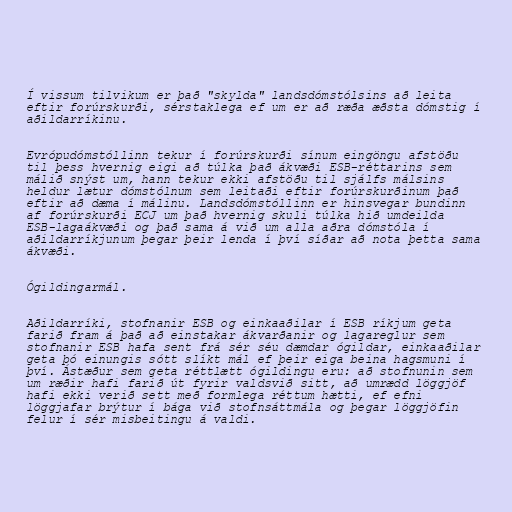
Í vissum tilvikum er það "skylda" landsdómstólsins að leita
eftir forúrskurði, sérstaklega ef um er að ræða æðsta dómstig í
aðildarríkinu.

Evrópudómstóllinn tekur í forúrskurði sínum eingöngu afstöðu
til þess hvernig eigi að túlka það ákvæði ESB-réttarins sem
málið snýst um, hann tekur ekki afstöðu til sjálfs málsins
heldur lætur dómstólnum sem leitaði eftir forúrskurðinum það
eftir að dæma í málinu. Landsdómstóllinn er hinsvegar bundinn
af forúrskurði ECJ um það hvernig skuli túlka hið umdeilda
ESB-lagaákvæði og það sama á við um alla aðra dómstóla í
aðildarríkjunum þegar þeir lenda í því síðar að nota þetta sama
ákvæði.

Ógildingarmál.

Aðildarríki, stofnanir ESB og einkaaðilar í ESB ríkjum geta
farið fram á það að einstakar ákvarðanir og lagareglur sem
stofnanir ESB hafa sent frá sér séu dæmdar ógildar, einkaaðilar
geta þó einungis sótt slíkt mál ef þeir eiga beina hagsmuni í
því. Ástæður sem geta réttlætt ógildingu eru: að stofnunin sem
um ræðir hafi farið út fyrir valdsvið sitt, að umrædd löggjöf
hafi ekki verið sett með formlega réttum hætti, ef efni
löggjafar brýtur í bága við stofnsáttmála og þegar löggjöfin
felur í sér misbeitingu á valdi.